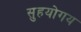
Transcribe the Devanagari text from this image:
सुहयोगय